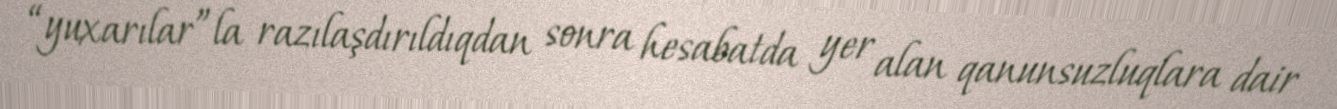
“yuxarılar”la razılaşdırıldıqdan sonra hesabatda yer alan qanunsuzluqlara dair